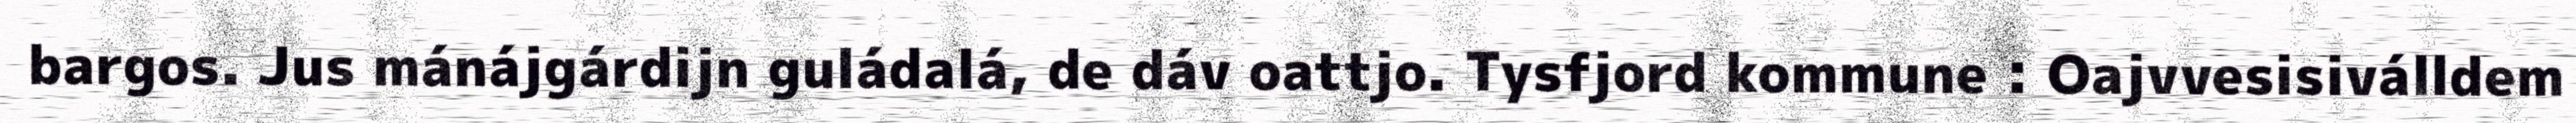
bargos. Jus mánájgárdijn guládalá, de dáv oattjo. Tysfjord kommune : Oajvvesisiválldem